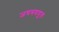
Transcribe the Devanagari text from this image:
जयत्रययुतः